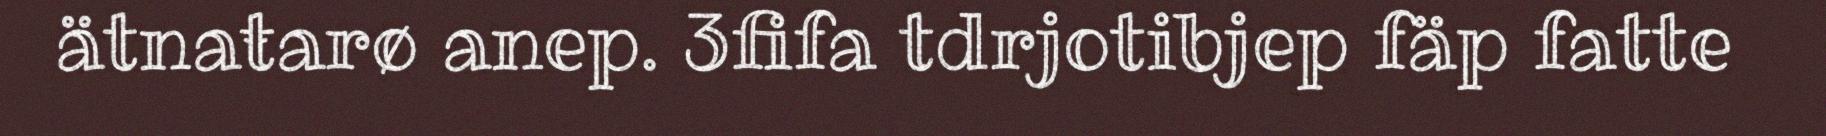
ätnaŧarø anep. 3fifa tdrjotibjep fäp fatte